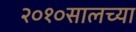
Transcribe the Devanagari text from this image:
२०१०सालच्या